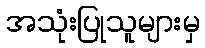
အသုံးပြုသူများမှ